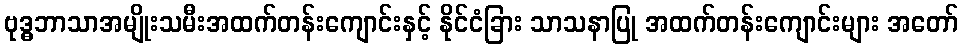
ဗုဒ္ဓဘာသာအမျိုးသမီးအထက်တန်းကျောင်းနှင့် နိုင်ငံခြား သာသနာပြု အထက်တန်းကျောင်းများ အတော်